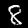
Digit: 8